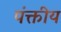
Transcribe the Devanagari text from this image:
पंक्तीय